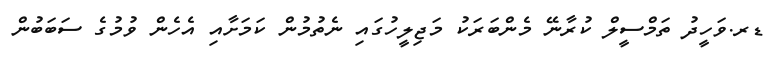
ޑރ.ވަހީދު ތަމްސީލް ކުރާނޭ މެންބަރަކު މަޖިލީހުގައި ނެތުމުން ކަމަށާއި އެހެން ވުމުގެ ސަބަބުން